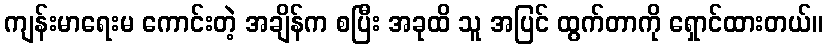
ကျန်းမာရေးမ ကောင်းတဲ့ အချိန်က စပြီး အခုထိ သူ အပြင် ထွက်တာကို ရှောင်ထားတယ်။